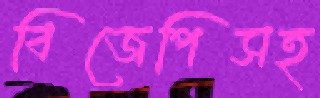
বিজেপিসহ